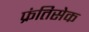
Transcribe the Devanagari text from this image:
फ्रंतिसेक